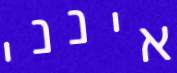
אינני